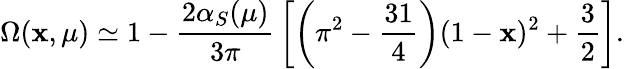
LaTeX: \Omega(\mathbf{x},\mu)\simeq1-{\frac{{2\alpha_{S}(\mu)}}{{3\pi}}}\left[\left(\pi^{2}-{\frac{{31}}{{4}}}\right)(1-\mathbf{x})^{2}+{\frac{{3}}{{2}}}\right].